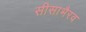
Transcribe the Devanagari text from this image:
सीसाभैरव